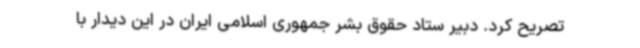
تصریح کرد. دبیر ستاد حقوق بشر جمهوری اسلامی ایران در این دیدار با